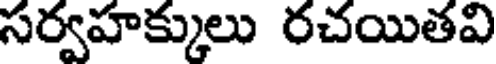
సర్వహక్కులు రచయితవి